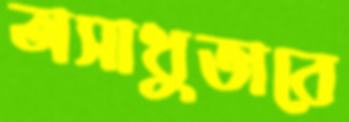
অসাধুভাবে